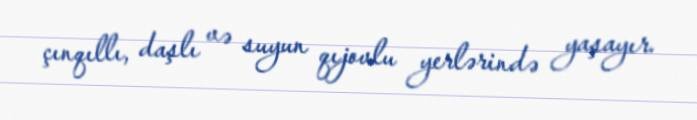
çınqıllı, daşlı və suyun qıjovlu yerlərində yaşayır.